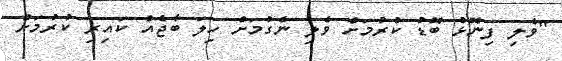
"ވެލި ފިނޮޅު ބޮޑު ކުރުމަށް ވެލި ނެގުމަށް ހިލަ ބާޖެއް ކައިރި ކުރުމަށް